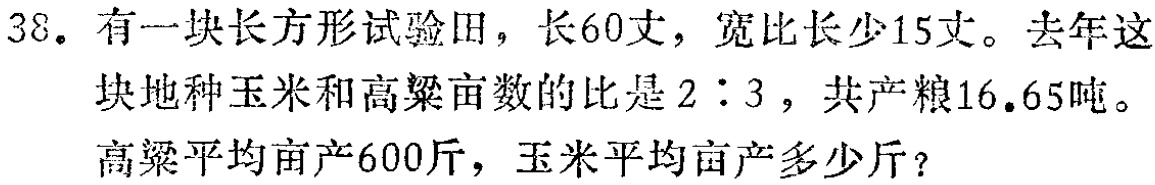
38. 有一块长方形试验田，长60丈，宽比长少15丈。去年这块地种玉米和高粱亩数的比是\(2:3\)，共产粮16.65吨。高粱平均亩产600斤，玉米平均亩产多少斤？